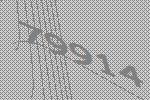
79914